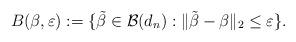
LaTeX: \begin{align*} B({\beta},\varepsilon) := \{\tilde{\beta}\in\mathcal B(d_n): \|\tilde{\beta}-{\beta}\|_2\leq \varepsilon\}.\end{align*}